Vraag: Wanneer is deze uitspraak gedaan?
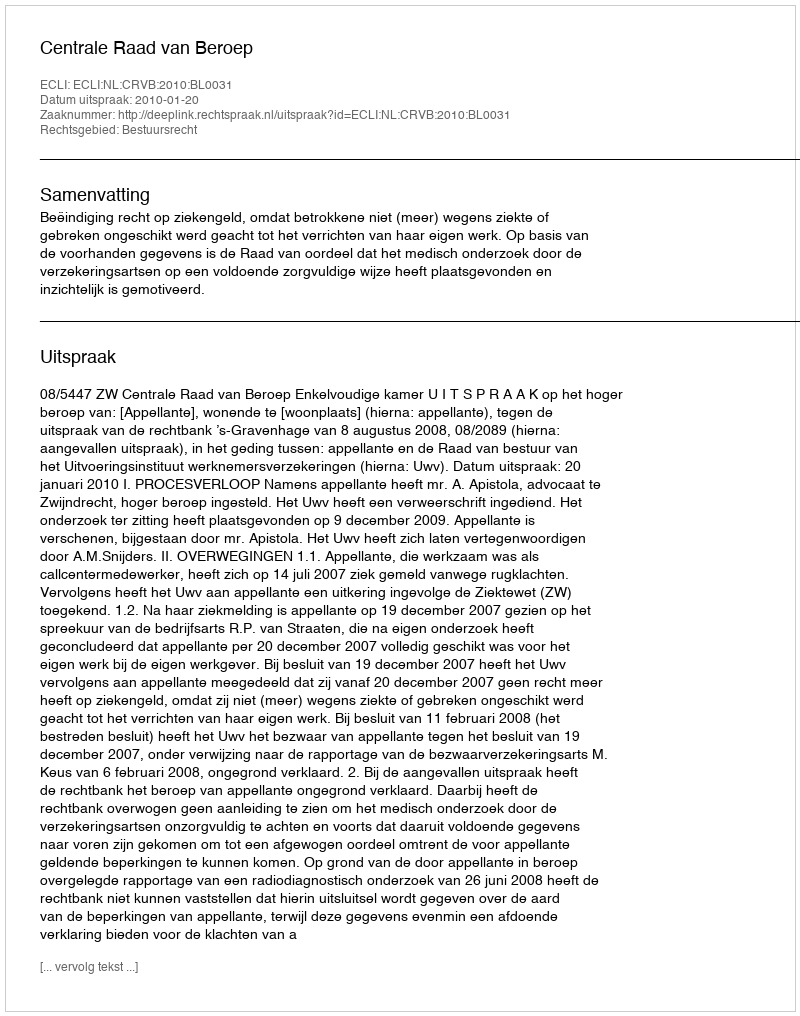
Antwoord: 2010-01-20